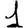
Digit: 1